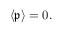
\left\langle { \mathfrak { p } } \right\rangle = 0 .